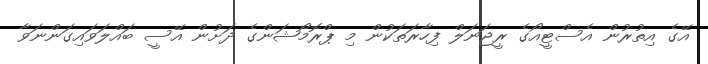
އޭގެ އިތުރުން އެސްޓީއޯގެ ރީޖަނަލް ފިހާރަތަކުން މި ޕްރޮމޯޝަންގެ ދަށުން އޭސީ ބައްލަވައިގަންނަވާ